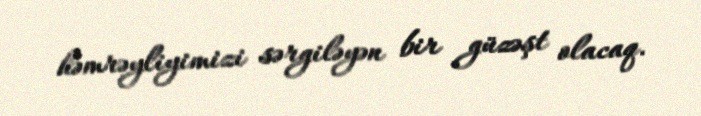
həmrəyliyimizi sərgiləyən bir güzəşt olacaq.